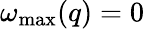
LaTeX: \omega_{\mathrm{max}}(q)=0